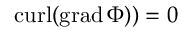
\mathrm { c u r l } ( \mathrm { g r a d } \, \Phi ) ) = 0